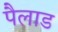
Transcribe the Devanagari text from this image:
पैलाड